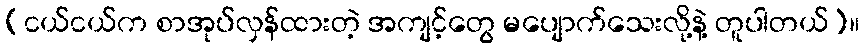
(ငယ်ငယ်က စာအုပ်လှန်ထားတဲ့ အကျင့်တွေ မပျောက်သေးလို့နဲ့ တူပါတယ်)။